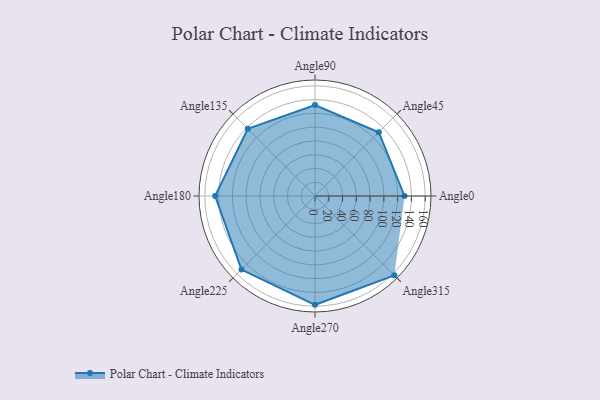
{"axis": {"x": "Angle", "y": "Radius"}, "legend": [""], "data": [{"x": "Angle0", "y": 130.0, "type": ""}, {"x": "Angle45", "y": 131.0, "type": ""}, {"x": "Angle90", "y": 132.0, "type": ""}, {"x": "Angle135", "y": 138.0, "type": ""}, {"x": "Angle180", "y": 145.0, "type": ""}, {"x": "Angle225", "y": 151.0, "type": ""}, {"x": "Angle270", "y": 158.0, "type": ""}, {"x": "Angle315", "y": 163.0, "type": ""}]}